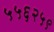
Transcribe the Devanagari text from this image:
५५६२५९